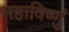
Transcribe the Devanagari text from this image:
महाविष्णुं